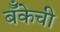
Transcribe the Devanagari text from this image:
बॅँकेची